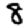
Digit: 8